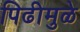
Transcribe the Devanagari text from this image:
पिढीमुळे